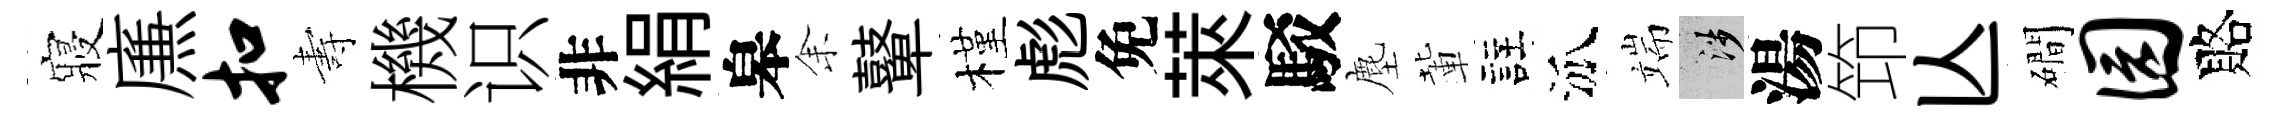
寢㢘扣夀機识非絹皋𪜬鼙槿彪免萊駁塵輩註泒端涉湯笻亾磵园賂